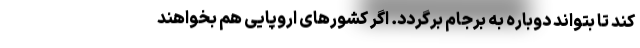
کند تا بتواند دوباره به برجام برگردد. اگر کشورهای اروپایی هم بخواهند